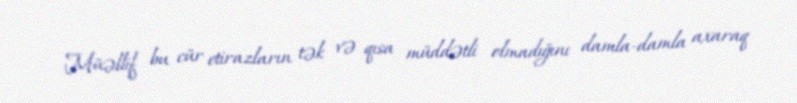
Müəllif bu cür etirazların tək və qısa müddətli olmadığını damla-damla axaraq